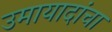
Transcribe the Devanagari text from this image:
उमायादांचा